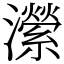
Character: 瀠